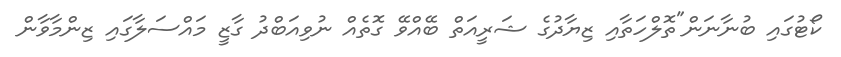
ކޯޓުގައި ބުނާނަން"ތޮލްހަތާއި ޒިޔާދުގެ ޝަރީއަތް ބޭއްވޭ ގޮތެއް ނުވިއަބްދު ގާޒީ މައްސަލާގައި ޒިންމާވާން